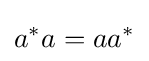
a^{*}a=aa^{*}